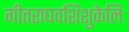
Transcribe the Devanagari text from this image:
गीतराघवशिशुकेलिः